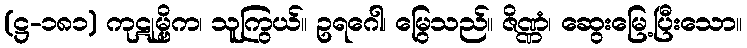
(ဋ္ဌ-၁၈၁) ကုဋုမ္ဗိက၊ သူကြွယ်။ ဥရဂေါ၊ မြွေသည်။ ဇိဏ္ဏံ၊ ဆွေးမြေ့ပြီးသော။